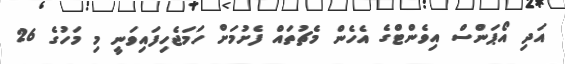
އަދި އޯޕަންސް އިވެންޓްގެ އެހެން މެޗުތައް ފެށުމަށް ހަމަޖެހިފައިވަނީ މި މަހުގެ 26